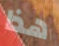
هذا